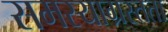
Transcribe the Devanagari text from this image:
समस्याग्रस्तता